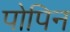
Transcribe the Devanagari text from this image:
पोपिन